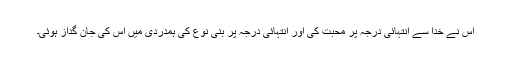
اس نے خدا سے انتہائی درجہ پر محبت کی اور انتہائی درجہ پر بنی نوع کی ہمدردی میں اس کی جان گداز ہوئی۔